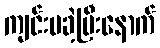
ကျင်းပခဲ့ပြီးနောက်